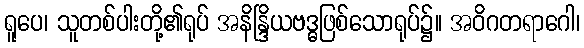
ရူပေ၊ သူတစ်ပါးတို့၏ရုပ် အနိန္ဒြိယဗဒ္ဓဖြစ်သောရုပ်၌။ အဝိဂတရာဂေါ၊